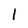
Character: l